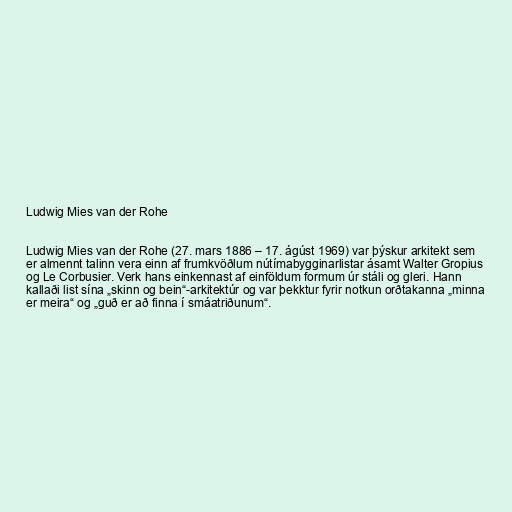
Ludwig Mies van der Rohe

Ludwig Mies van der Rohe (27. mars 1886 – 17. ágúst 1969) var þýskur arkitekt sem
er almennt talinn vera einn af frumkvöðlum nútímabygginarlistar ásamt Walter Gropius
og Le Corbusier. Verk hans einkennast af einföldum formum úr stáli og gleri. Hann
kallaði list sína „skinn og bein“-arkitektúr og var þekktur fyrir notkun orðtakanna „minna
er meira“ og „guð er að finna í smáatriðunum“.